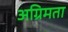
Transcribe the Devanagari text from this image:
अग्रिमता